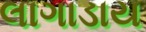
લાગાડાય